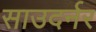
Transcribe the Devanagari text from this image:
साउदर्नर